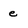
Character: e